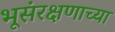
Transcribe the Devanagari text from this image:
भूसंरक्षणाच्या